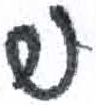
אות: ש